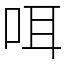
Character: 咡